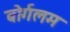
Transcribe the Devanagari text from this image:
बोर्गलम